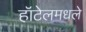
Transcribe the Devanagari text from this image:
हॉटेलमधले